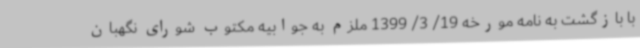
با بازگشت به نامه مورخه 19/ 3/ 1399 ملزم به جوابیه مکتوب شورای نگهبان